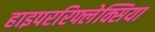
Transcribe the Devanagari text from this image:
हाइपररिफ्लेक्सिया